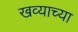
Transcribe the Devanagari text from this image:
खव्याच्या